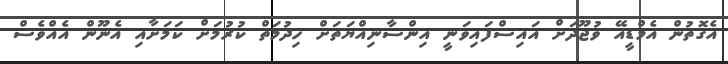
އެގޮތުން އެމްޑީއޭ ވުޖޫދަށް އައިސްފައިވަނީ އިންސާނިއްޔަތަށް ހިދުމަތް ކުރުމަށް ކަމަށާއި އެނޫން އެއްވެސް